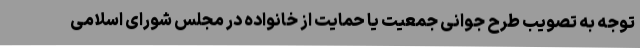
توجه به تصویب طرح جوانی جمعیت یا حمایت از خانواده در مجلس شورای اسلامی